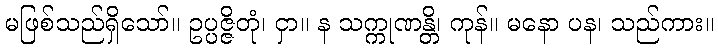
မဖြစ်သည်ရှိသော်။ ဥပ္ပဇ္ဇိတုံ၊ ငှာ။ န သက္ကုဏန္တိ၊ ကုန်။ မနော ပန၊ သည်ကား။